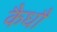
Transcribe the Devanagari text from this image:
कैधौ